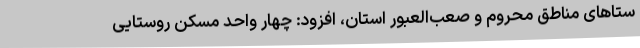
ستاهای مناطق محروم و صعب‌العبور استان، افزود: چهار واحد مسکن روستایی